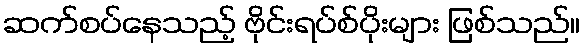
ဆက်စပ်နေသည့် ဗိုင်းရပ်စ်ပိုးများ ဖြစ်သည်။